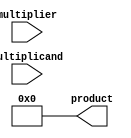
module booth_multiplier(
  input [7:0] multiplicand,
  input [7:0] multiplier,
  output reg [15:0] product
);

reg [7:0] A;
reg [7:0] S;
reg [3:0] count;

always @(*) begin
  A = {multiplicand, 8'b0};
  S = {multiplier, 8'b0};
  count = 4'b1111;
  product = 16'd0;
end

always @(posedge clk) begin
  if(count > 0) begin
    if(S[0:1] == 2'b01) begin
      product = product + A;
    end
    else if(S[0:1] == 2'b10) begin
      product = product - A;
    end
  
    if(S[0] == 1 && S[7:4] != 4'b0000) begin
      S = S + A;
    end
    else if(S[0] == 0 && S[7:4] != 4'b1111) begin
      S = S - A;
    end
  
    S = S >> 1;
    count = count - 1;
  end
end

endmodule